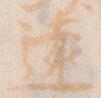
遠